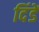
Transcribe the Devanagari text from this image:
दिंडें